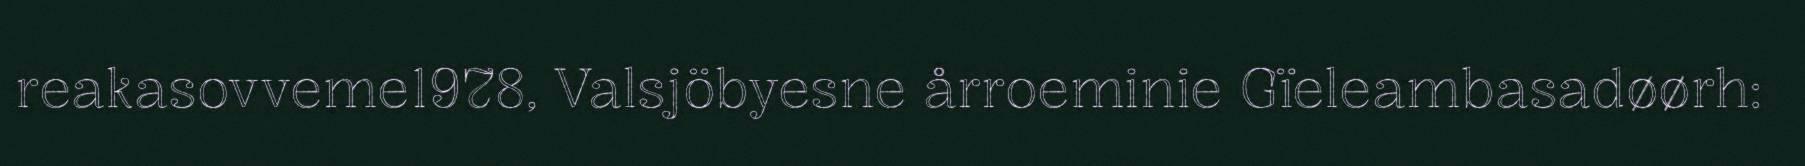
reakasovveme1978, Valsjöbyesne årroeminie Gïeleambasadøørh: